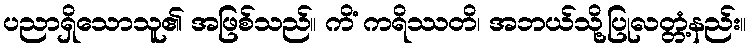
ပညာရှိသောသူ၏ အဖြစ်သည်။ ကိံ ကရိဿတိ၊ အဘယ်သို့ပြုလတ္တံ့နည်း။